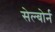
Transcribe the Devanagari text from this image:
सेल्बोर्न